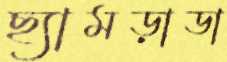
ছ্যামড়াডা